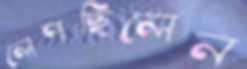
লেপছিলেন